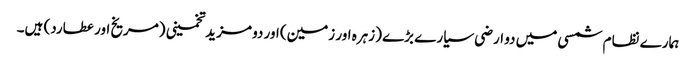
ہمارے نظام شمسی میں دو ارضی سیارے بڑے (زہرہ اور زمین) اور دو مزید تخمینی (مریخ اور عطارد) ہیں۔